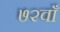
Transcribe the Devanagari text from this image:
७२वाँ